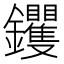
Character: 钁